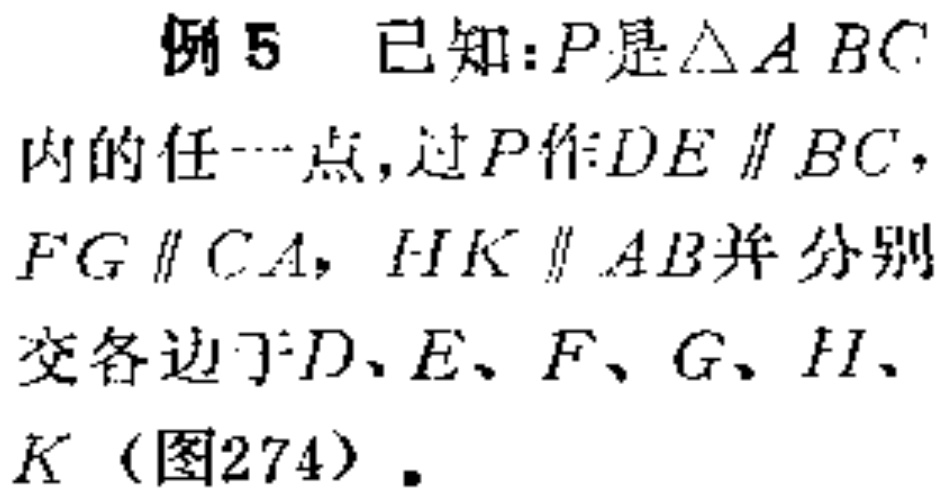
例 5 已知：\(P\)是\(\triangle ABC\)内的任一点，过\(P\)作\(DE \parallel BC\)，\(FG \parallel CA\)，\(HK \parallel AB\)并分别交各边于\(D\)、\(E\)、\(F\)、\(G\)、\(H\)、\(K\)（图274）.